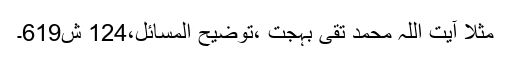
مثلا آیت اللہ محمد تقی بہجت ،توضیح المسائل،124 ش619۔